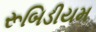
રૂબિડીયમ